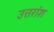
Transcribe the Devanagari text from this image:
उत्तरांश